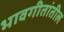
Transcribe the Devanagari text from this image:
भावगीतांतील